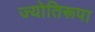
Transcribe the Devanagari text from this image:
ज्योतिरूपा